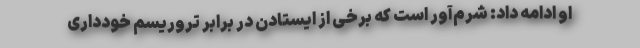
او ادامه داد: شرم‌آور است که برخی از ایستادن در برابر تروریسم خودداری